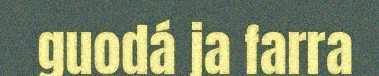
guodá ja farra